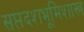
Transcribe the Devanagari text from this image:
सप्तदशभूमिशास्त्र